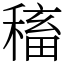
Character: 稸